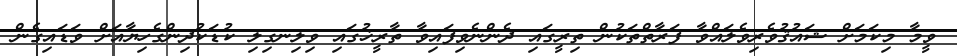
ވީމާ މިކަމަށް ޝައުޤުވެރިވެލައްވާ ފަރާތްތަކުން ތިރީގައި ދެންނެވިފައިވާ ތާރީޚުގައި ވިލިނގިލި ކުޑަކުދިންގެހިޔާއަށް ވަޑައިގެން